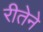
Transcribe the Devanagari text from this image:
रीतेने